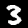
Digit: 3